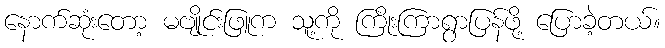
နောက်ဆုံးတော့ မဗျိုင်းဖြူက သူ့ကို ကြိုးကြာရွာပြန်ဖို့ ပြောခဲ့တယ်။